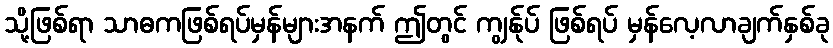
သို့ဖြစ်ရာ သာဓကဖြစ်ရပ်မှန်များအနက် ဤတွင် ကျွန်ုပ် ဖြစ်ရပ် မှန်လေ့လာချက်နှစ်ခု